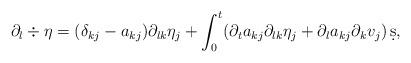
LaTeX: \begin{align*} \partial_{l} \div \eta &= (\delta_{kj} - a_{kj}) \partial_{lk} \eta_j + \int_0^t (\partial_t a_{kj} \partial_{lk} \eta_j + \partial_l a_{kj} \partial_k v_j ) \,\d s , \end{align*}